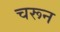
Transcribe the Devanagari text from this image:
चरून